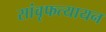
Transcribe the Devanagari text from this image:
सांवृफत्यायन